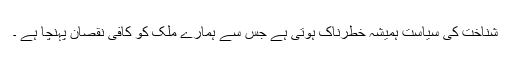
شناخت کی سیاست ہمیشہ خطرناک ہوتی ہے جس سے ہمارے ملک کو کافی نقصان پہنچا ہے ۔